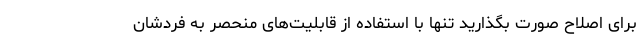
برای اصلاح صورت بگذارید تنها با استفاده از قابلیت‌های منحصر به فردشان